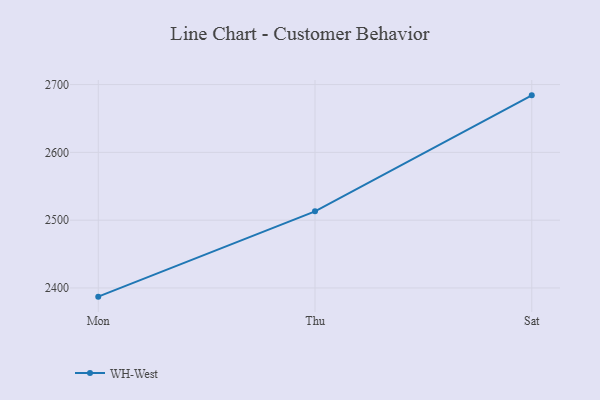
{"axis": {"x": "Day", "y": "Bounce Rate (%)"}, "legend": ["WH-West"], "data": [{"x": "Mon", "y": 2387.2, "type": "WH-West"}, {"x": "Thu", "y": 2513.0, "type": "WH-West"}, {"x": "Sat", "y": 2684.1, "type": "WH-West"}]}